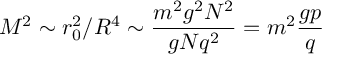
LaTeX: M ^ { 2 } \sim r _ { 0 } ^ { 2 } / R ^ { 4 } \sim \frac { m ^ { 2 } g ^ { 2 } N ^ { 2 } } { g N q ^ { 2 } } = m ^ { 2 } \frac { g p } { q }